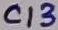
Text: C13